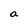
Character: a